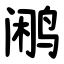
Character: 鹇